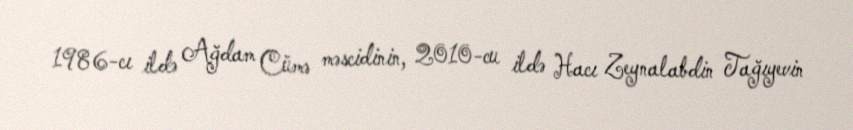
1986-cı ildə Ağdam Cümə məscidinin, 2010-cu ildə Hacı Zeynalabdin Tağıyevin